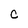
Character: C